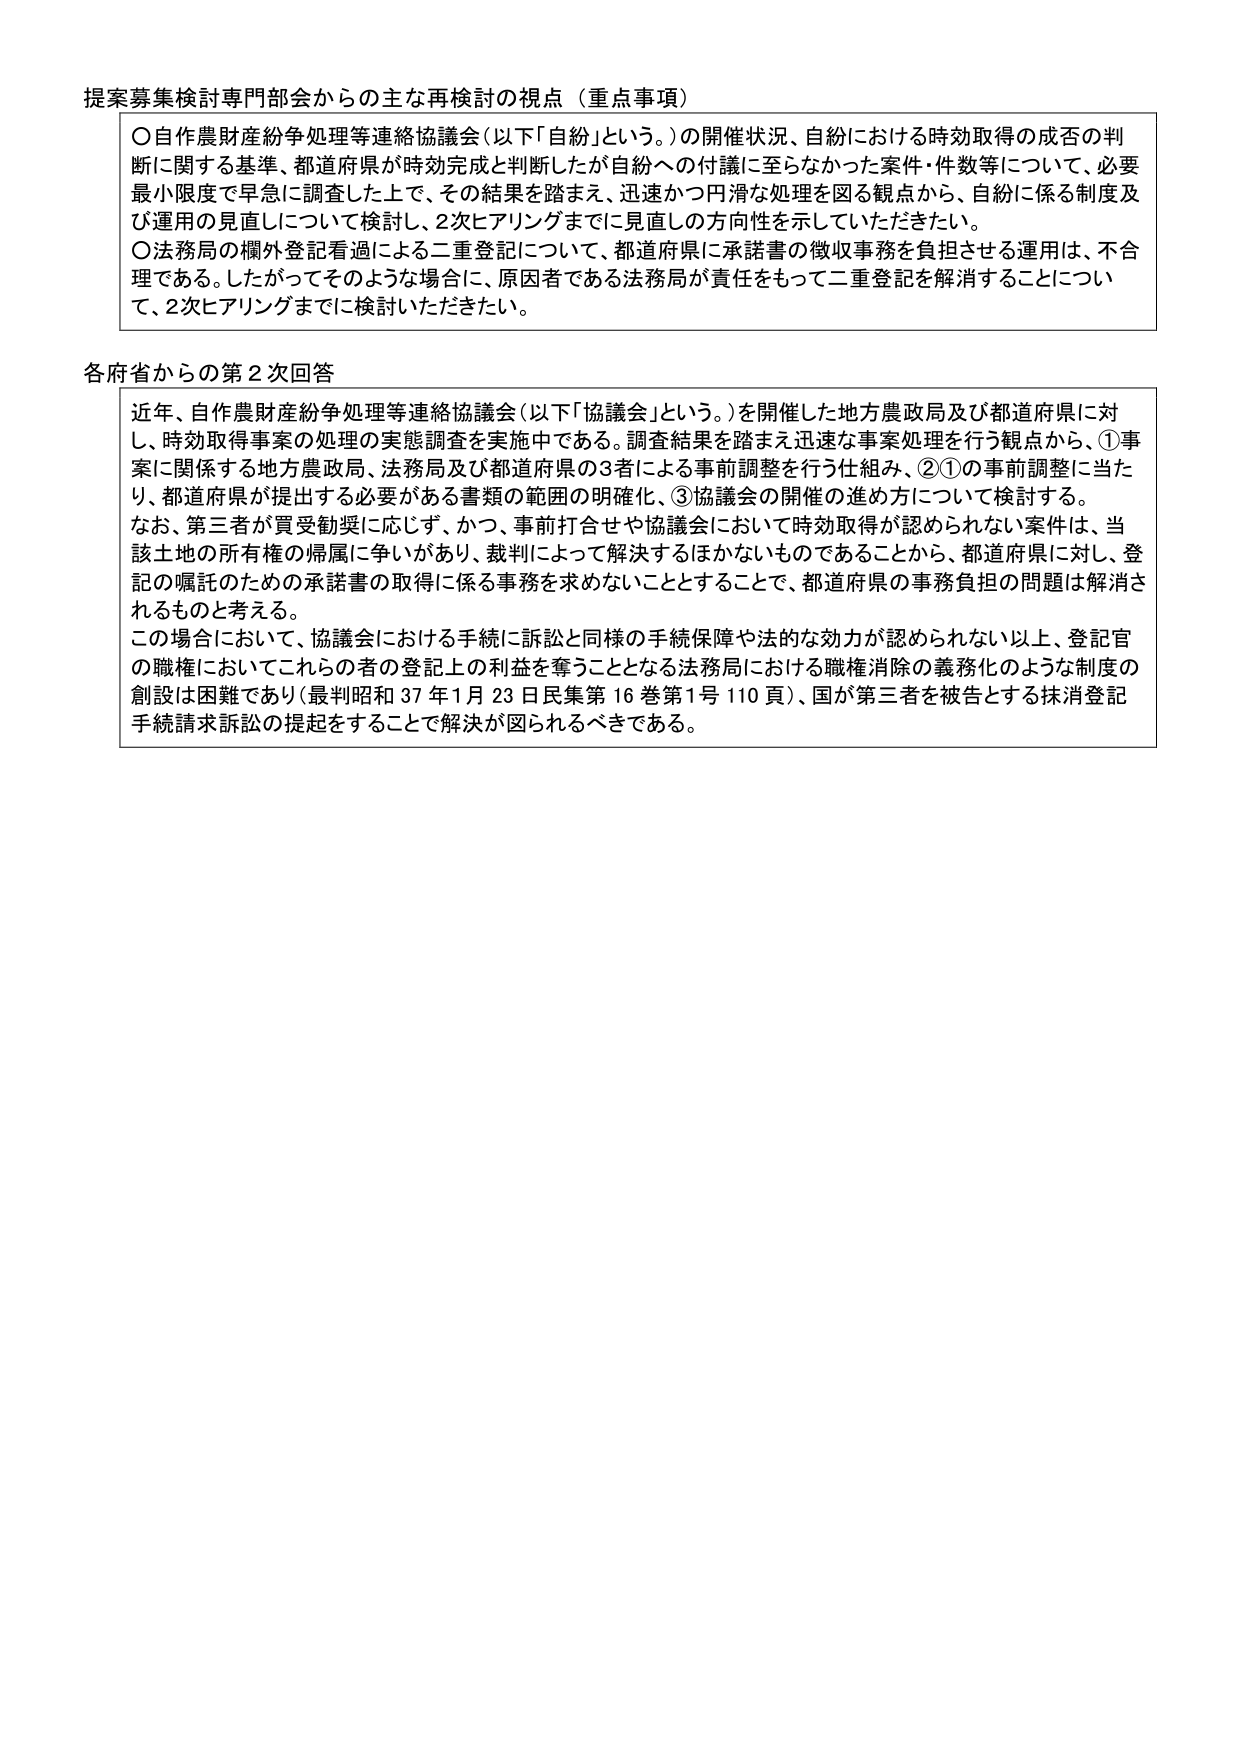
提案募集検討専門部会からの主な再検討の視点（重点事項）

○自作農財産紛争処理等連絡協議会（以下「自紛」という。）の開催状況、自紛における時効取得の成否の判断に関する基準、都道府県が時効完成と判断したが自紛への付議に至らなかった案件・件数等について、必要最小限度で早急に調査した上で、その結果を踏まえ、迅速かつ円滑な処理を図る観点から、自紛に係る制度及び運用の見直しについて検討し、2次ヒアリングまでに見直しの方向性を示していただきたい。

○法務局の欄外登記看過による二重登記について、都道府県に承諾書の徴収事務を負担させる運用は、不合理である。したがってそのような場合に、原因者である法務局が責任をもって二重登記を解消することについて、2次ヒアリングまでに検討いただきたい。

各府省からの第2次回答

近年、自作農財産紛争処理等連絡協議会（以下「協議会」という。）を開催した地方農政局及び都道府県に対し、時効取得事案の処理の実態調査を実施中である。調査結果を踏まえ迅速な事案処理を行う観点から、①事案に関係する地方農政局、法務局及び都道府県の3者による事前調整を行う仕組み、②①の事前調整に当たり、都道府県が提出する必要がある書類の範囲の明確化、③協議会の開催の進め方について検討する。

なお、第三者が買受勧奨に応じず、かつ、事前打合せや協議会において時効取得が認められない案件は、当該土地の所有権の帰属に争いがあり、裁判によって解決するほかないものであることから、都道府県に対し、登記の嘱託のための承諾書の取得に係る事務を求めないこととすることで、都道府県の事務負担の問題は解消されるものと考える。

この場合において、協議会における手続に訴訟と同様の手続保障や法的な効力が認められない以上、登記官の職権においてこれらの者の登記上の利益を奪うこととなる法務局における職権消除の義務化のような制度の創設は困難であり（最判昭和37年1月23日民集第16巻第1号110頁）、国が第三者を被告とする抹消登記手続請求訴訟の提起をすることで解決が図られるべきである。